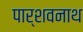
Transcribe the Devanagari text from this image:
पार्शवनाथ